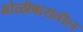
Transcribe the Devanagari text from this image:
गोळीबारातील